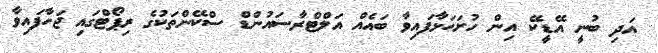
އަދި ބުނީ އޭޑީކޭ އިން ހުށަހަޅާފައިވާ ބައެއް އަލްޓްރާސައުންޑް ސްކޭންތަކުގެ ރިޕޯޓްގައި ޖަހާފައިވާ